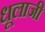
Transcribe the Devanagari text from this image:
धूलाजी